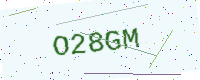
Text: O28GM